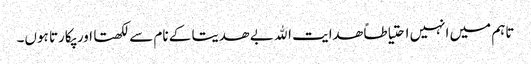
تاہم میں انہیں احتیاطاً ھدایت الله بے ھدیتا کے نام سے لکھتا اور پکارتا ہوں۔